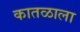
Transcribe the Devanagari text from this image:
कातळाला